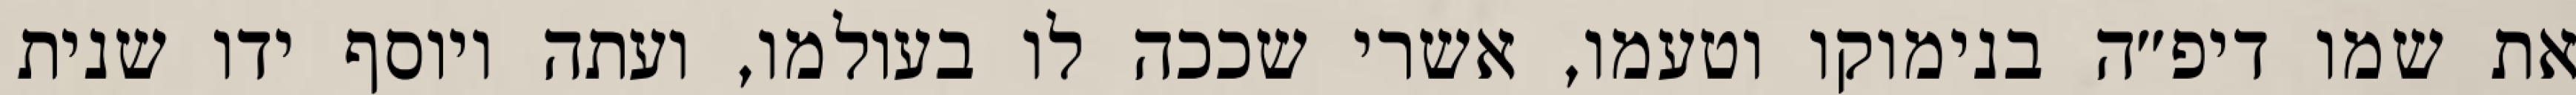
את שמו דיפ״ה בנימוקו וטעמו, אשרי שככה לו בעולמו, ועתה ויוסף ידו שנית